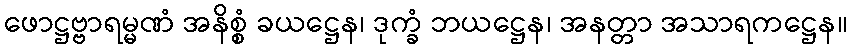
ဖောဋ္ဌဗ္ဗာရမ္မဏံ အနိစ္စံ ခယဋ္ဌေန၊ ဒုက္ခံ ဘယဋ္ဌေန၊ အနတ္တာ အသာရကဋ္ဌေန။